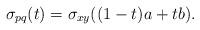
LaTeX: \begin{align*} \sigma_{pq}(t) = \sigma_{xy}((1-t)a+ tb). \end{align*}